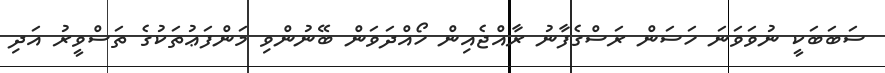
ސަބަބަކީ ނުވަވަނަ ހަސަން ރަސްގެފާނު ރާއްޖެއިން ހޯއްދަވަން ބޭނުންވި މަންފަޢުތަކުގެ ތަސްވީރު އަދި